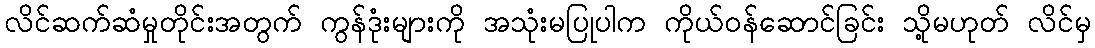
လိင်ဆက်ဆံမှုတိုင်းအတွက် ကွန်ဒုံးများကို အသုံးမပြုပါက ကိုယ်ဝန်ဆောင်ခြင်း သို့မဟုတ် လိင်မှ